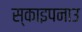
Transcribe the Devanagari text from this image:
स्काइपनाउ